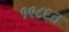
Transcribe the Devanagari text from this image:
१९८६त